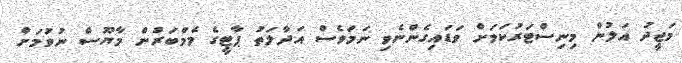
މަޖީދު އަލުން މިނިސްޓަރުކަމަށް ވަޑައިގެންނެވި ނަމަވެސް އަދާލަތު ޕާޓީގެ މެމްބަރުން މާޔޫސް ނުވުމަށް